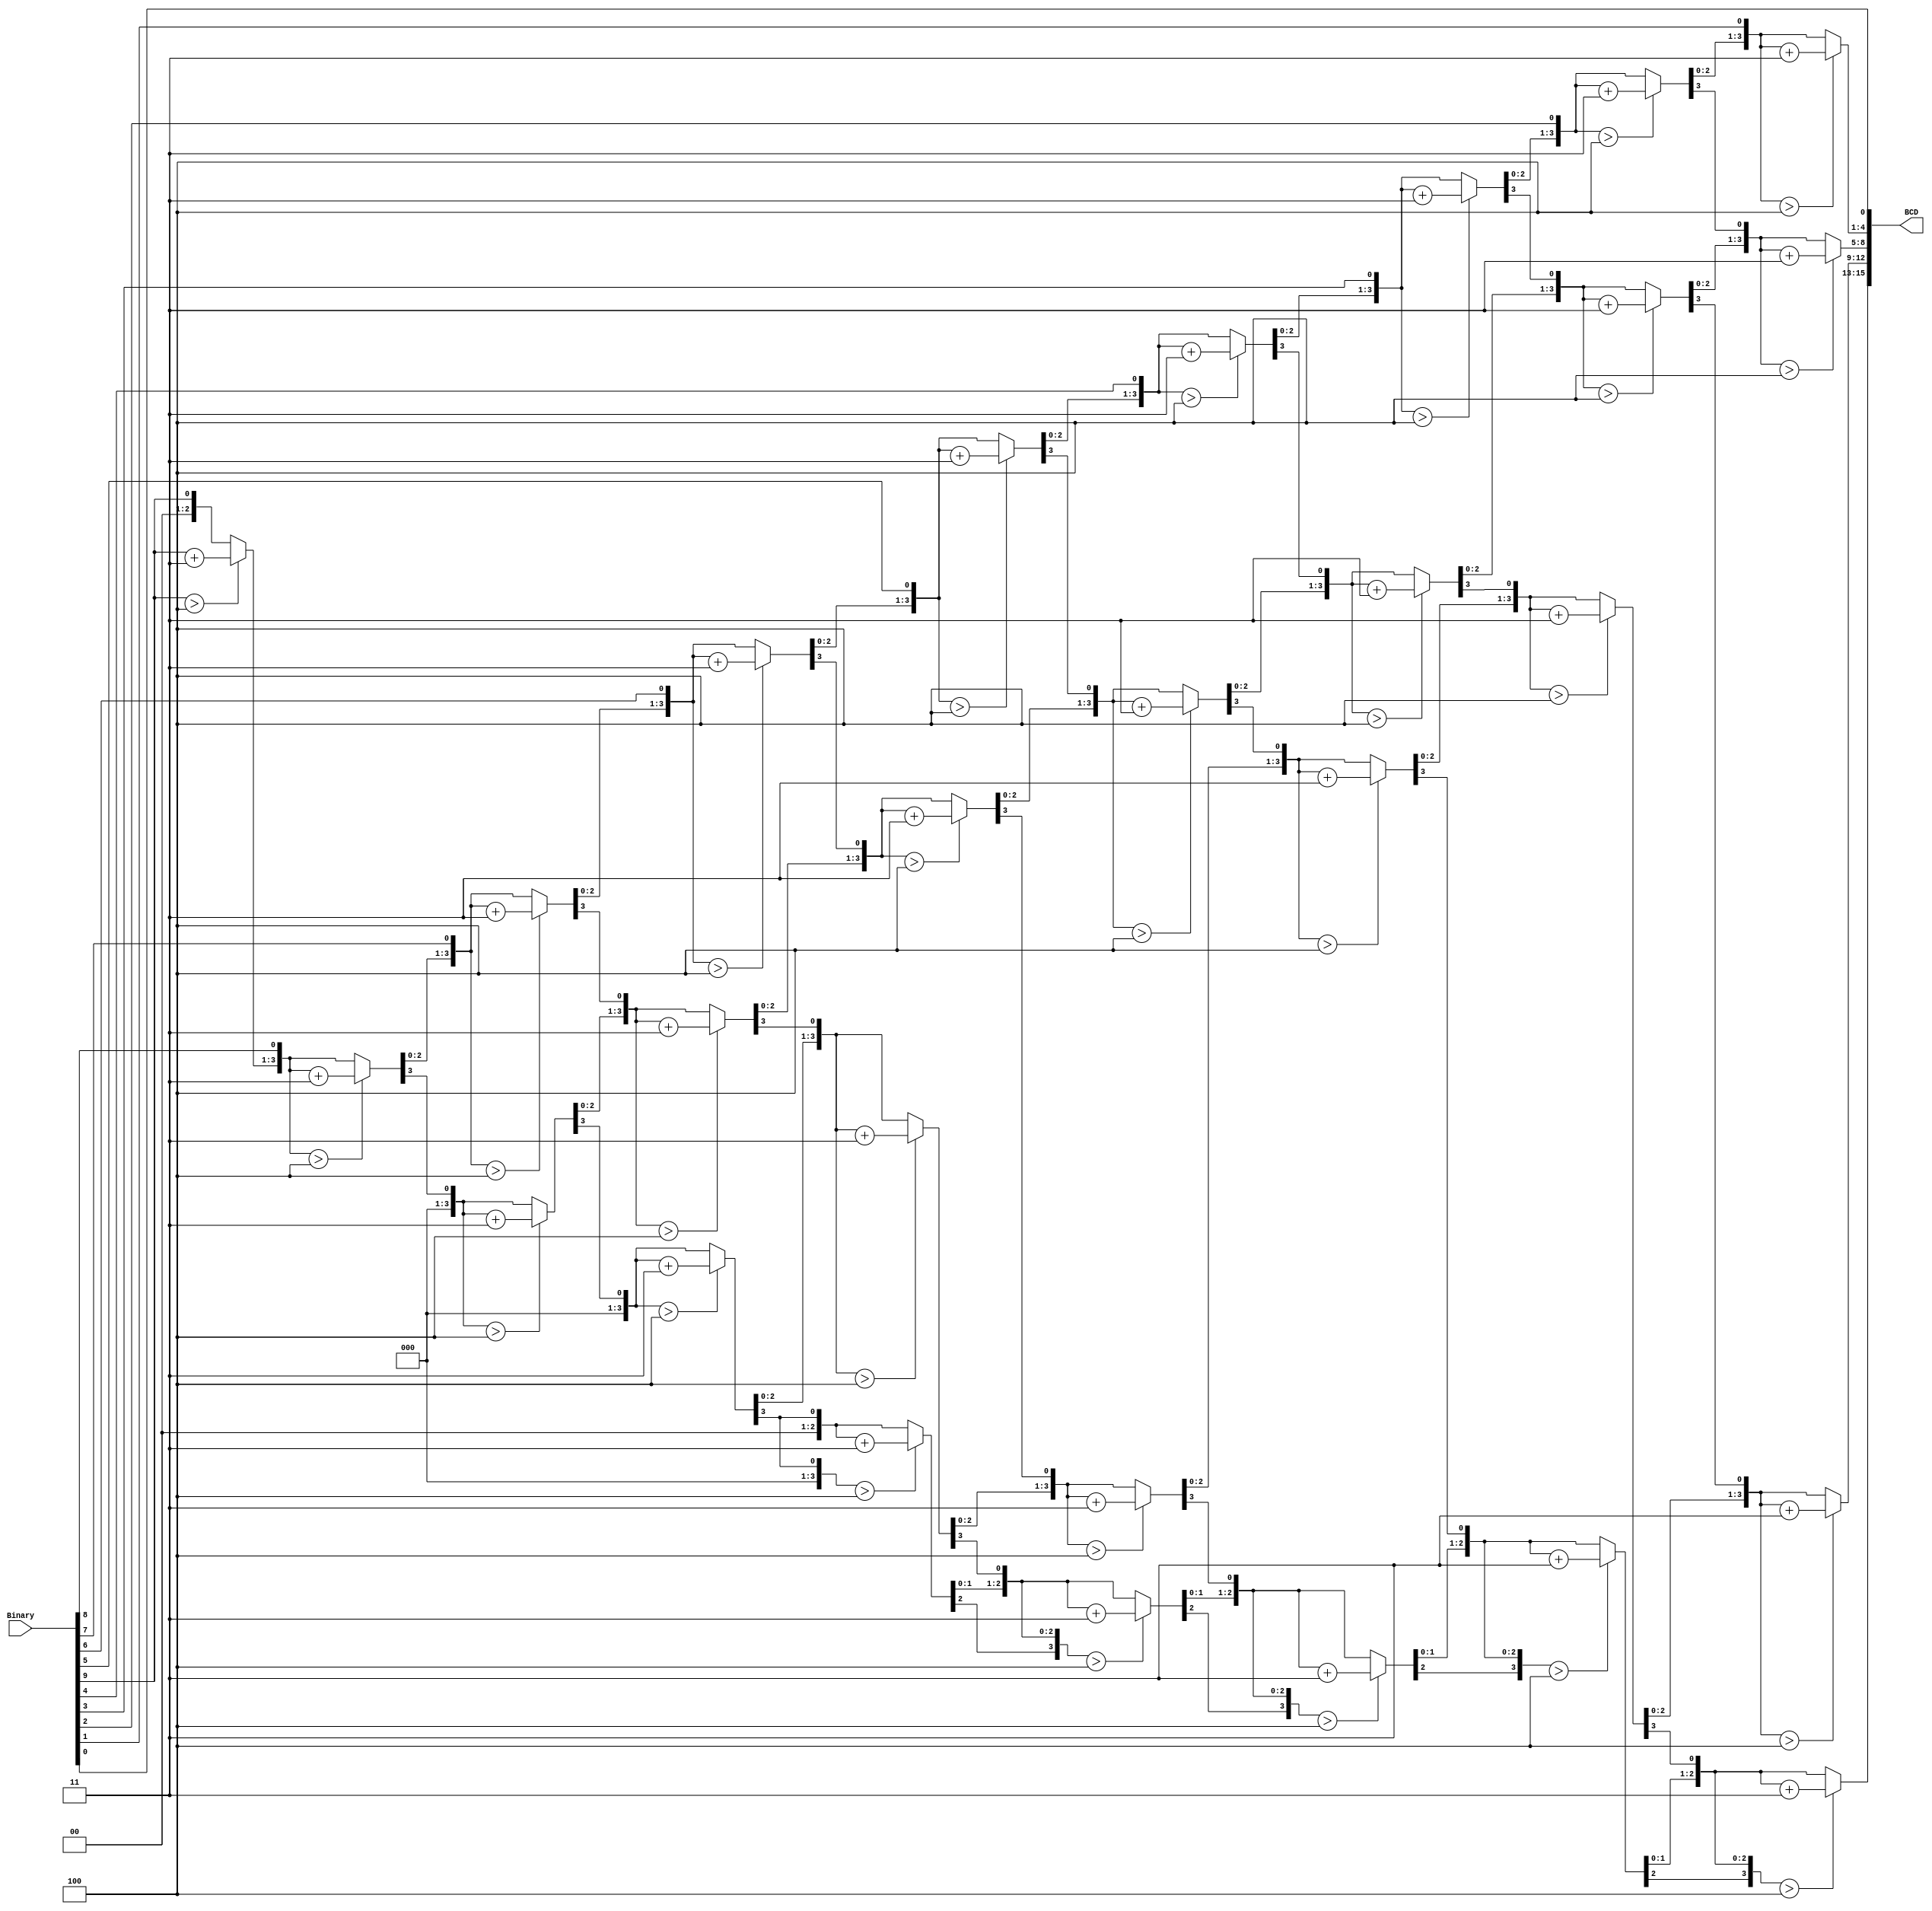
module Binary_to_BCD3(Binary, BCD);
   input [9:0] Binary;
   output reg [15:0] BCD;
   
   reg [25:0] Temp;
   integer i;

   always @(Binary) begin
      Temp = {16'h0000, Binary};
      for(i=0; i<9; i=i+1) begin
         Temp = Temp << 1;
         if(Temp[13:10] > 4) Temp[13:10] = Temp[13:10] + 3;
         if(Temp[17:14] > 4) Temp[17:14] = Temp[17:14] + 3;
         if(Temp[21:18] > 4) Temp[21:18] = Temp[21:18] + 3;
         if(Temp[25:22] > 4) Temp[25:22] = Temp[25:22] + 3;
      end
      Temp = Temp << 1;
      BCD <= Temp[25:10];
   end
endmodule